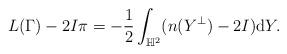
LaTeX: \begin{align*}L(\Gamma)-2I\pi=-\frac{1}{2}\int_{\mathbb{H}^2}(n(Y^\perp)-2I)\mathrm{d}Y.\end{align*}